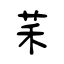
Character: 䒩